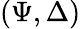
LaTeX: (\Psi,\Delta)